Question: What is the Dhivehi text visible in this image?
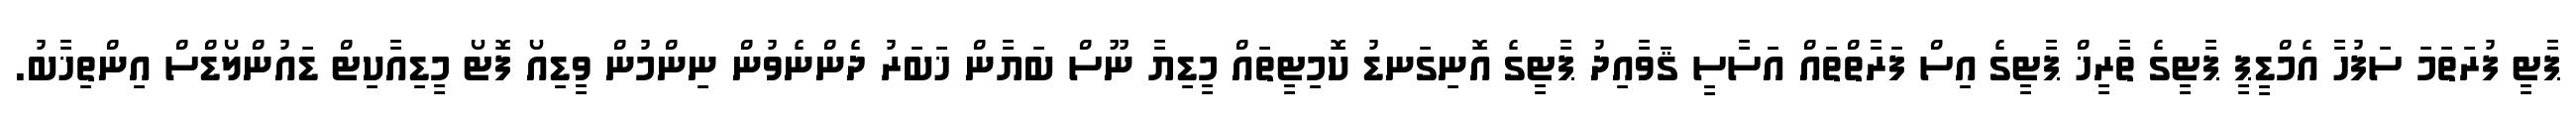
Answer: ޕާޓީ ފުރަތަމަ ސަފުހާ އެމްޑީޕީ ޕާޓީގެ ތާރީޚް ޕާޓީގެ އިސް ފަރާތްތައް އަސާސީ ޤަވާއިދު ޕާޓީގެ އޮނިގަނޑު ކޮމިޓީތައް މީޑިޔާ ނޫސް ބަޔާން ޚަބަރު ދެންނެވުން ނިންމުން ވީޑިއޯ ފޮޓޯ މީޑިއާކިޓް ޑައުންލޯޑްސް އިންތިޚާބު.